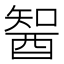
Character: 䣽